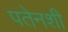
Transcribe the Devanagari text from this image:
पतेनशी